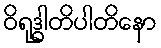
ဝိရုဒ္ဓါတိပါတိနော